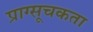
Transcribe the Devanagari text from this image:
प्राग्सूचकता